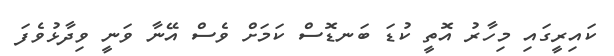
ކައިރީގައި މިހާރު އޮތީ ކުޑަ ބަނޑޮސް ކަމަށް ވެސް އޭނާ ވަނީ ވިދާޅުވެފަ